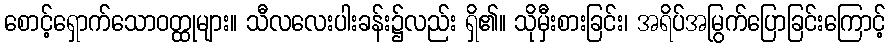
စောင့်ရှောက်သောဝတ္ထုများ။ သီလလေးပါးခန်း၌လည်း ရှိ၏။ သိုမှီးစားခြင်း၊ အရိပ်အမြွက်ပြောခြင်းကြောင့်